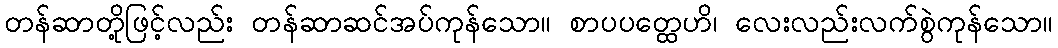
တန်ဆာတို့ဖြင့်လည်း တန်ဆာဆင်အပ်ကုန်သော။ စာပပတ္ထေဟိ၊ လေးလည်းလက်စွဲကုန်သော။